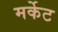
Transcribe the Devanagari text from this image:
मर्केट